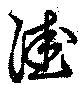
洼